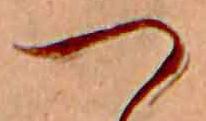
つ